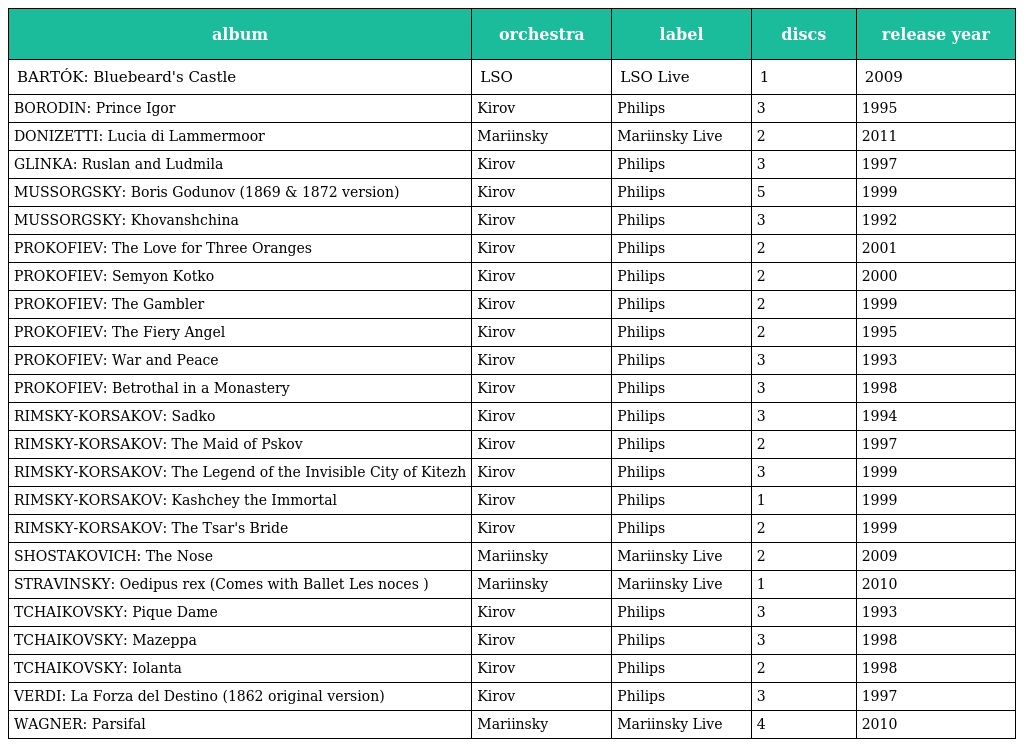
| album | orchestra | label | discs | release year |
 | --- | --- | --- | --- | --- |
 | BARTÓK: Bluebeard's Castle | LSO | LSO Live | 1 | 2009 |
 | BORODIN: Prince Igor | Kirov | Philips | 3 | 1995 |
 | DONIZETTI: Lucia di Lammermoor | Mariinsky | Mariinsky Live | 2 | 2011 |
 | GLINKA: Ruslan and Ludmila | Kirov | Philips | 3 | 1997 |
 | MUSSORGSKY: Boris Godunov (1869 & 1872 version) | Kirov | Philips | 5 | 1999 |
 | MUSSORGSKY: Khovanshchina | Kirov | Philips | 3 | 1992 |
 | PROKOFIEV: The Love for Three Oranges | Kirov | Philips | 2 | 2001 |
 | PROKOFIEV: Semyon Kotko | Kirov | Philips | 2 | 2000 |
 | PROKOFIEV: The Gambler | Kirov | Philips | 2 | 1999 |
 | PROKOFIEV: The Fiery Angel | Kirov | Philips | 2 | 1995 |
 | PROKOFIEV: War and Peace | Kirov | Philips | 3 | 1993 |
 | PROKOFIEV: Betrothal in a Monastery | Kirov | Philips | 3 | 1998 |
 | RIMSKY-KORSAKOV: Sadko | Kirov | Philips | 3 | 1994 |
 | RIMSKY-KORSAKOV: The Maid of Pskov | Kirov | Philips | 2 | 1997 |
 | RIMSKY-KORSAKOV: The Legend of the Invisible City of Kitezh | Kirov | Philips | 3 | 1999 |
 | RIMSKY-KORSAKOV: Kashchey the Immortal | Kirov | Philips | 1 | 1999 |
 | RIMSKY-KORSAKOV: The Tsar's Bride | Kirov | Philips | 2 | 1999 |
 | SHOSTAKOVICH: The Nose | Mariinsky | Mariinsky Live | 2 | 2009 |
 | STRAVINSKY: Oedipus rex (Comes with Ballet Les noces ) | Mariinsky | Mariinsky Live | 1 | 2010 |
 | TCHAIKOVSKY: Pique Dame | Kirov | Philips | 3 | 1993 |
 | TCHAIKOVSKY: Mazeppa | Kirov | Philips | 3 | 1998 |
 | TCHAIKOVSKY: Iolanta | Kirov | Philips | 2 | 1998 |
 | VERDI: La Forza del Destino (1862 original version) | Kirov | Philips | 3 | 1997 |
 | WAGNER: Parsifal | Mariinsky | Mariinsky Live | 4 | 2010 |